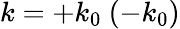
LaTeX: k=+k_{0}\ (-k_{0})